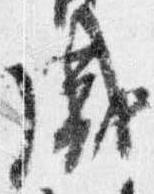
盛